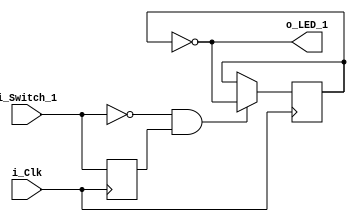
module Clocked_Logic
    (input i_Clk,
     input i_Switch_1,
     output o_LED_1);

    reg r_LED_1 = 1'b0;
    reg r_Switch_1 = 1'b0;

    // Toggle LED when i_Switch_1 released
    always @(posedge i_Clk)
    begin
        r_Switch_1 <= i_Switch_1; //Creates the register
        
        if (i_Switch_1 == 1'b0 && r_Switch_1 == 1'b1)
        begin
            r_LED_1 <= ~r_LED_1; //Toggles LED output if register
        end                      //sees the switch change above
    end
    
    assign o_LED_1 = ~r_LED_1;

endmodule